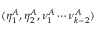
( \eta _ { 1 } ^ { A } , \eta _ { 2 } ^ { A } , \nu _ { 1 } ^ { A } \cdots \nu _ { k - 2 } ^ { A } )